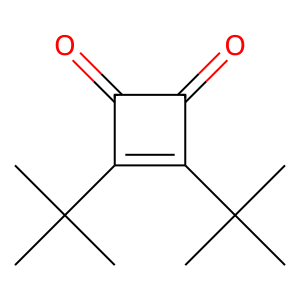
SMILES: CC(C)(C)c1c(C(C)(C)C)c(=O)c1=O
Inhibits HIV replication: No